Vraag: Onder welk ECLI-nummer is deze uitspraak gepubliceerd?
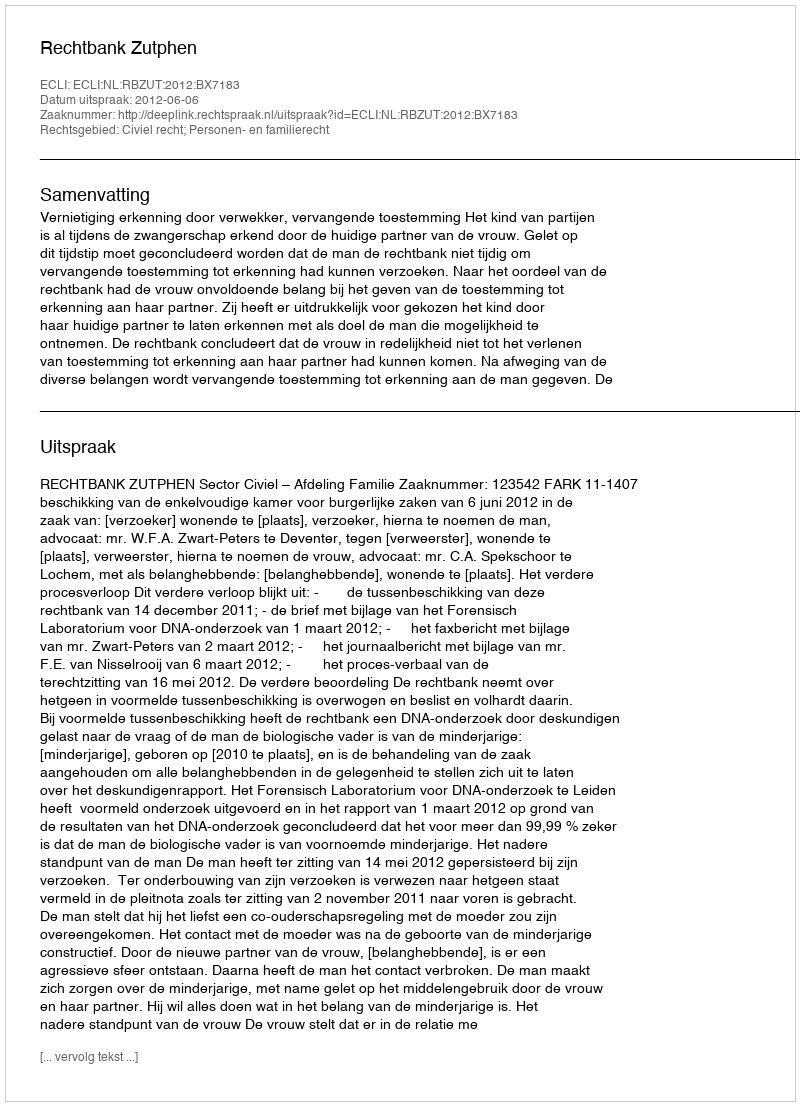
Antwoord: ECLI:NL:RBZUT:2012:BX7183